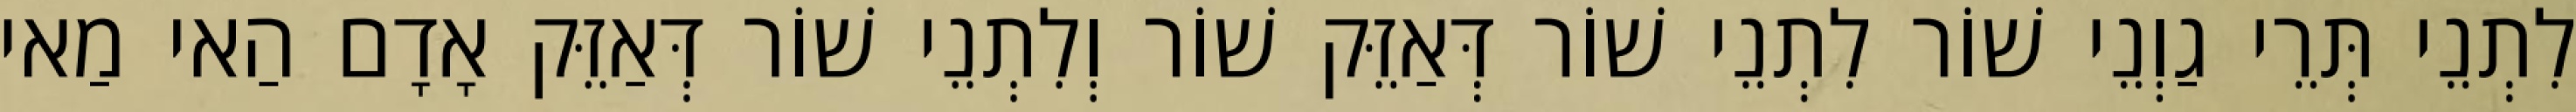
לִתְנֵי תְּרֵי גַוְנֵי שׁוֹר לִתְנֵי שׁוֹר דְּאַזֵּק שׁוֹר וְלִתְנֵי שׁוֹר דְּאַזֵּק אָדָם הַאי מַאי